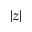
| z |